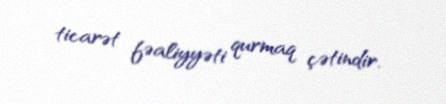
ticarət fəaliyyəti qurmaq çətindir.